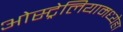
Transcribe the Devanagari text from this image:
ओस्ट्रेलियामध्येहा